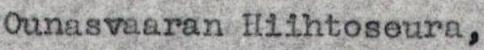
Ounasvaaran Hiihtoseura,